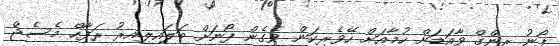
ފޯނު ރިންގް ވާއަޑަށް ހުމާއަށް ހޭވެރިކަން ވެގެން ފޯނަށް ބަލައިލިއިރު ރަފާހް މެސެޖް